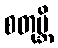
စတုဗ္ဘိ